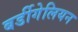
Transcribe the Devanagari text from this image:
बर्डीगेलियन